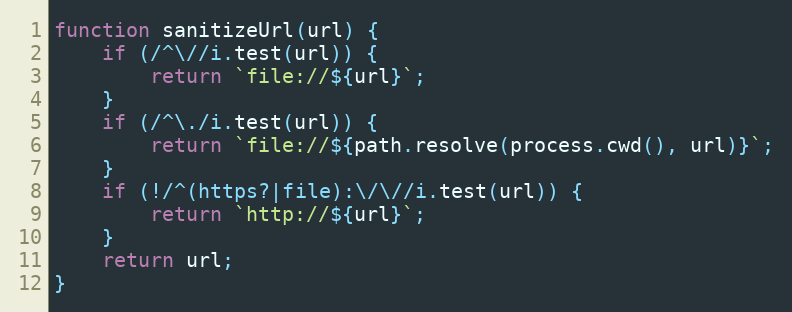
Language: JavaScript
function sanitizeUrl(url) {
	if (/^\//i.test(url)) {
		return `file://${url}`;
	}
	if (/^\./i.test(url)) {
		return `file://${path.resolve(process.cwd(), url)}`;
	}
	if (!/^(https?|file):\/\//i.test(url)) {
		return `http://${url}`;
	}
	return url;
}